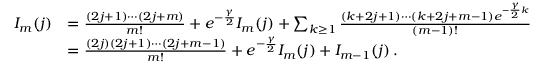
\begin{array} { r l } { I _ { m } ( j ) } & { = \frac { ( 2 j + 1 ) \cdots ( 2 j + m ) } { m ! } + e ^ { - \frac { \gamma } { 2 } } I _ { m } ( j ) + \sum _ { k \ge 1 } \frac { ( k + 2 j + 1 ) \cdots ( k + 2 j + m - 1 ) e ^ { - \frac { \gamma } { 2 } k } } { ( m - 1 ) ! } } \\ & { = \frac { ( 2 j ) ( 2 j + 1 ) \cdots ( 2 j + m - 1 ) } { m ! } + e ^ { - \frac { \gamma } { 2 } } I _ { m } ( j ) + I _ { m - 1 } ( j ) \, . } \end{array}